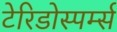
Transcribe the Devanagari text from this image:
टेरिडोस्पर्म्स